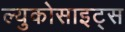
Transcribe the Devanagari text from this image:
ल्युकोसाइट्स